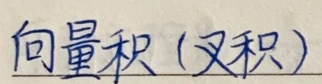
向量积（叉积）